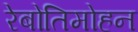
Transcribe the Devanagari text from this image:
रेबोतिमोहन